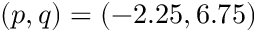
( p , q ) = ( - 2 . 2 5 , 6 . 7 5 )